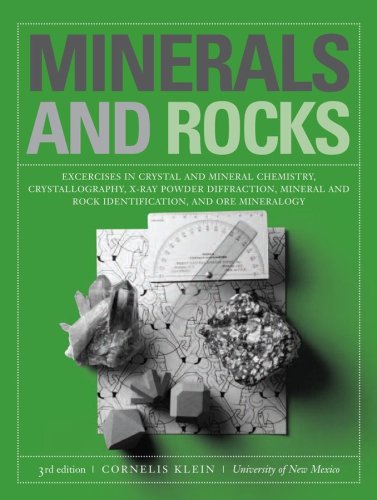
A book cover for Minerals and Rocks: Exercises in Crystal and Mineral Chemistry, Crystallography, X-ray Powder Diffraction, Mineral and Rock Identification, and Ore Mineralogy; Cornelis Klein; Science & Math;